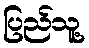
ပြည်သူ့